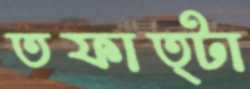
তফাত্টা